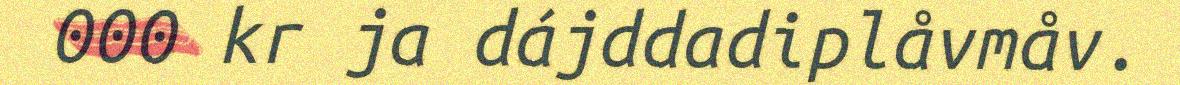
000 kr ja dájddadiplåvmåv.